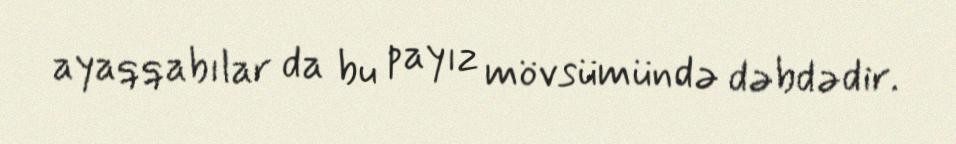
ayaqqabılar da bu payız mövsümündə dəbdədir.